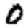
Digit: 0